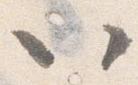
以